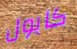
كابول